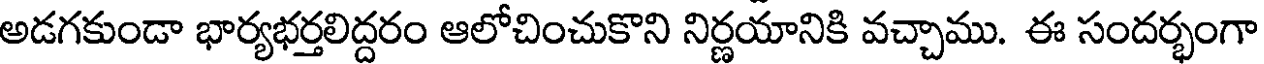
అడగకుండా భార్యభర్తలిద్దరం ఆలోచించుకొని నిర్ణయానికి వచ్చాము. ఈ సందర్భంగా